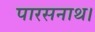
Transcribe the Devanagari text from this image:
पारसनाथ।